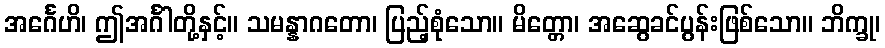
အင်္ဂေဟိ၊ ဤအင်္ဂါတို့နှင့်။ သမန္နာဂတော၊ ပြည့်စုံသော။ မိတ္တော၊ အဆွေခင်ပွန်းဖြစ်သော။ ဘိက္ခု၊